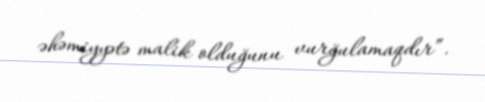
əhəmiyyətə malik olduğunu vurğulamaqdır”.